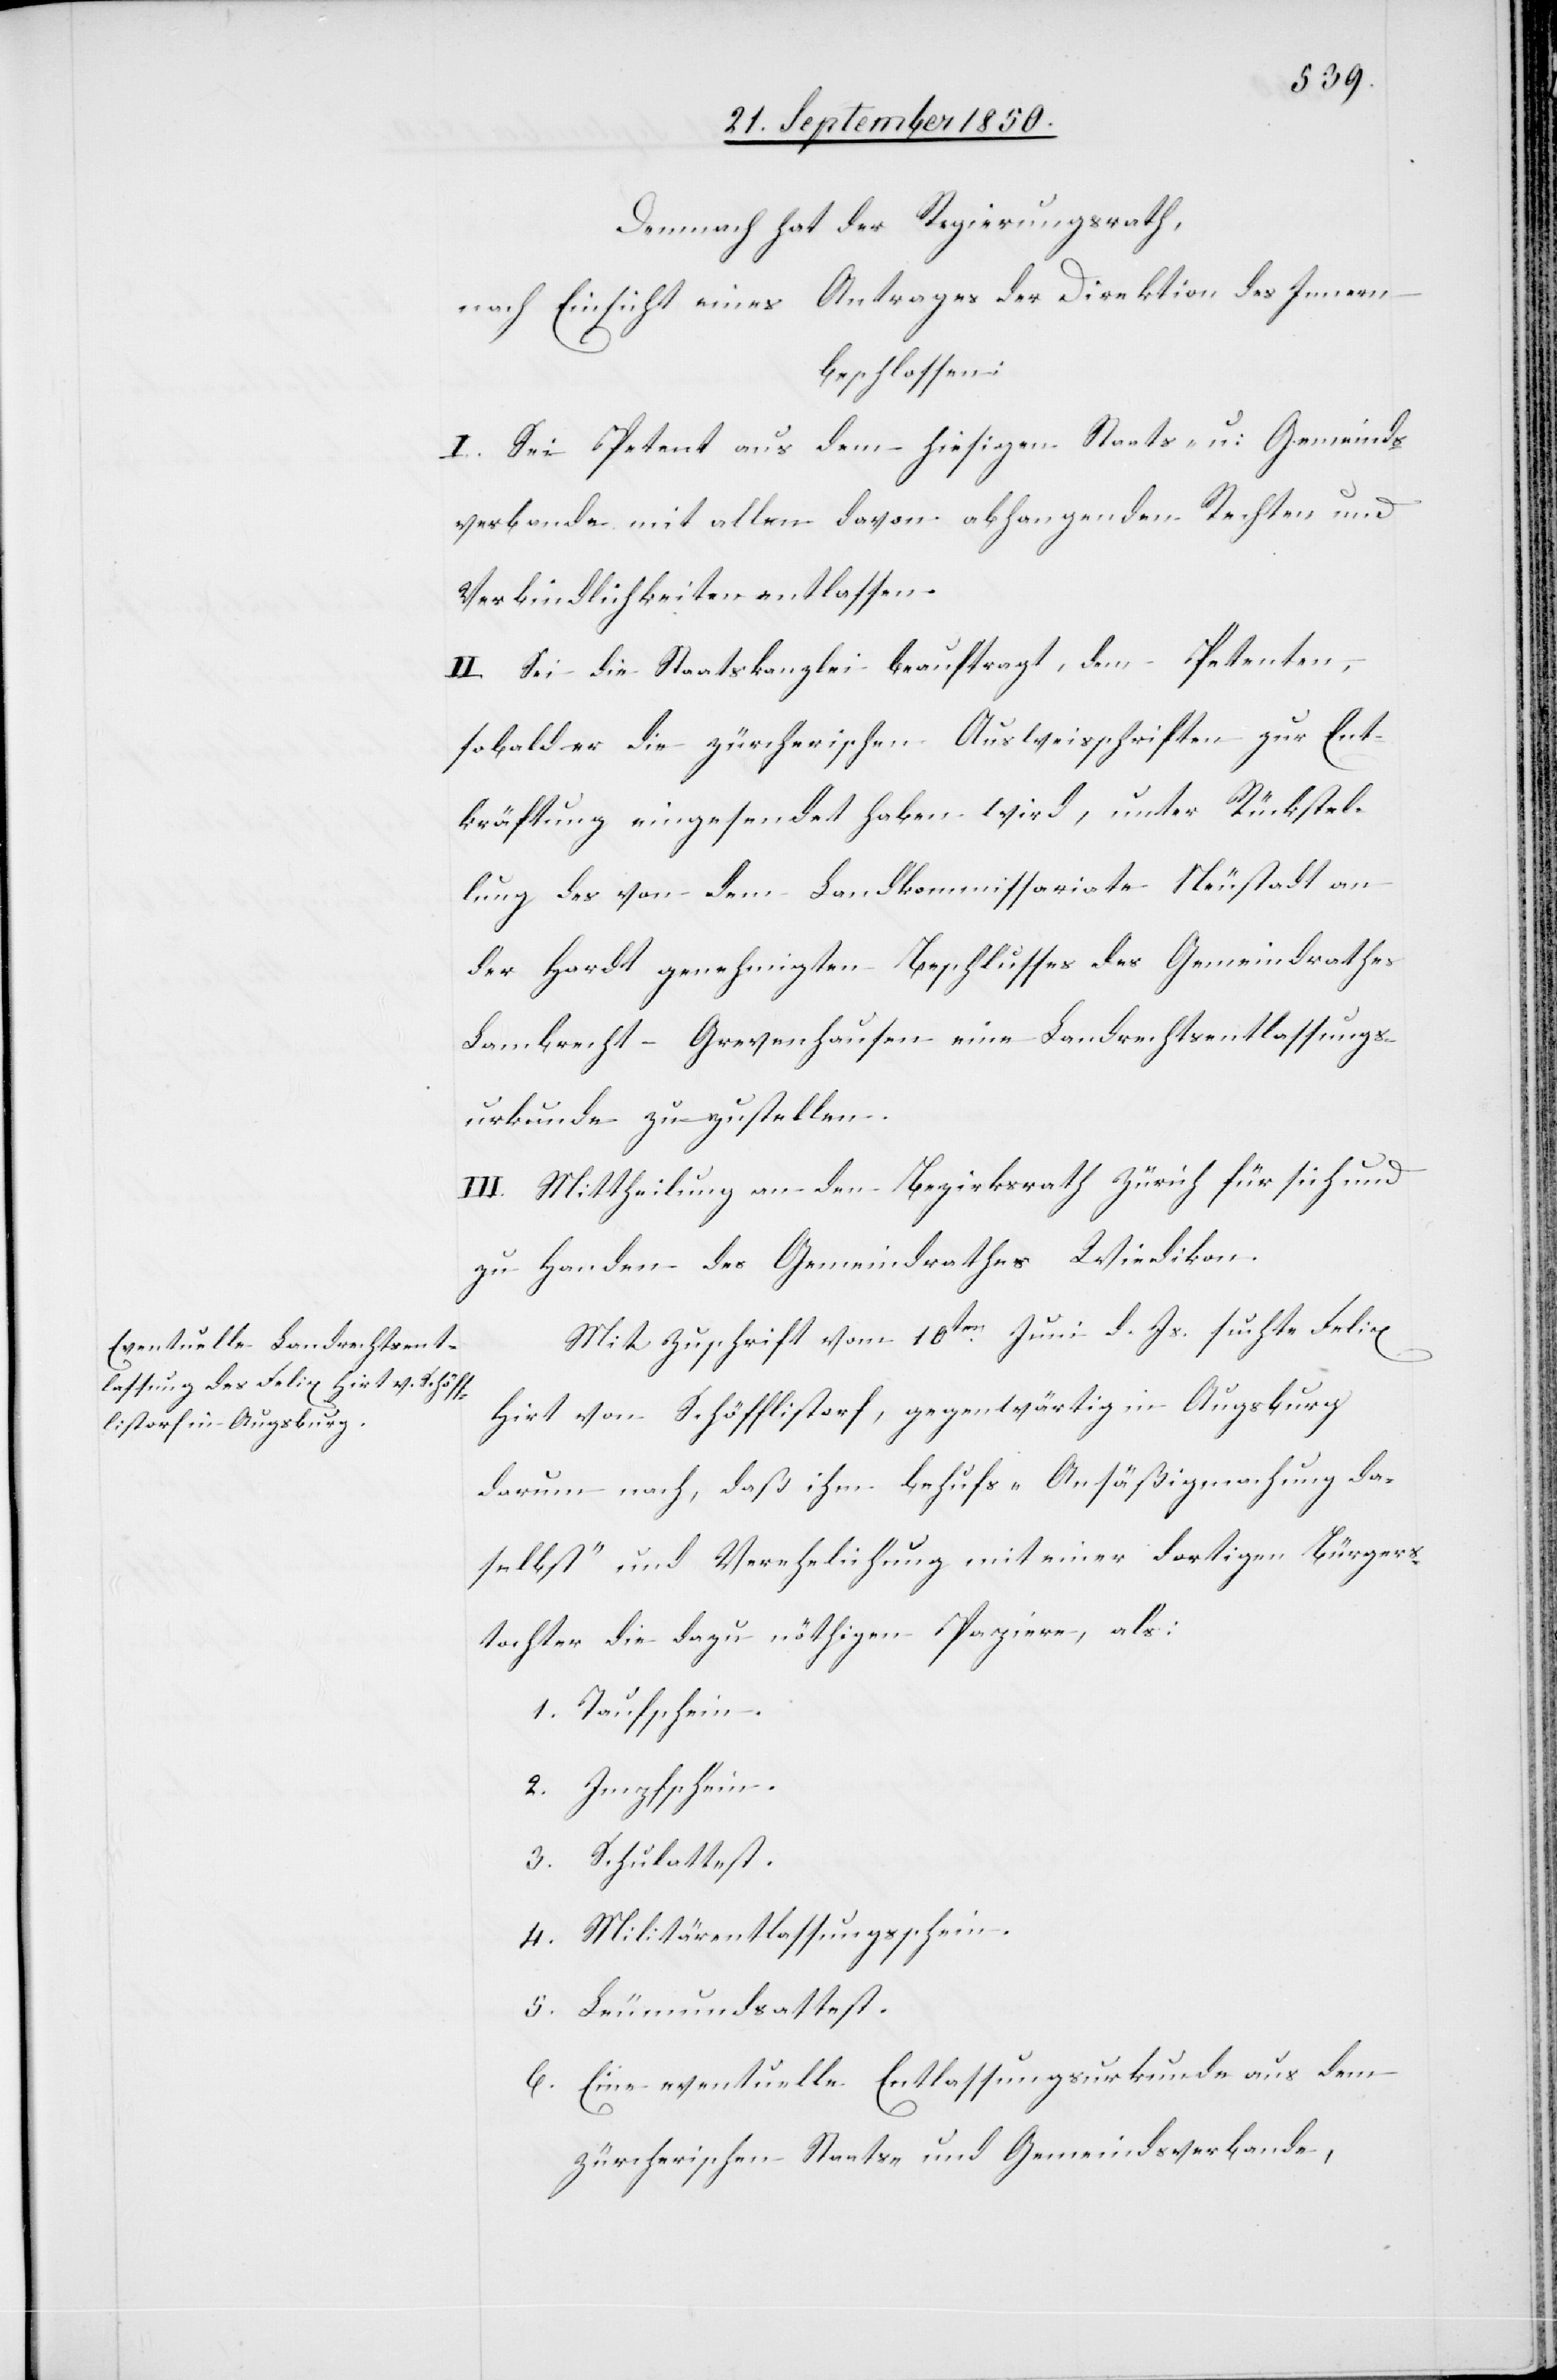
Demnach hat der Regierungsrath,
nach Einsicht eines Antrages der Direktion des Innern
beschlossen:
I. Sei Petent aus dem hiesigen Staats- u: Gemeinds¬
verbande mit allen davon abhangenden Rechten und
Verbindlichkeiten entlassen.
II. Sei die Staatskanzlei beauftragt, den Petenten,
sobald er die zürcherischen Ausweisschriften zur Ent¬
kräftung eingesendet haben wird, unter Rückstel¬
lung des von dem Landkommissariate Neustadt an
der Hardt genehmigten Beschlusses des Gemeindrathes
Lambrecht-Grevenhausen eine Landrechtsentlassungs¬
urkunde zuzustellen.
III. Mittheilung an den Bezirksrath Zürich für sich und
zu Handen des Gemeindrathes Wiedikon.
Mit Zuschrift vom 10ten Juni d. Js. suchte Felix
Hirt von Schöfflistorf, gegenwärtig in Augsburg
darum nach, daß ihm behufs „Ansäßigmachung da¬
selbst“ und Verehelichung mit einer dortigen Bürgers¬
tochter die dazu nöthigen Papiere, als:
1. Taufschein.
2. Impfschein.
3. Schulattest.
4. Militärentlassungsschein.
5. Leumundsattest.
6. Eine eventuelle Entlassungsurkunde aus dem
zürcherischen Staats- und Gemeindsverbande,